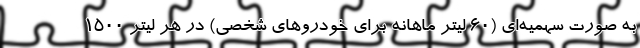
به صورت سهمیه‌ای (۶۰ لیتر ماهانه برای خودرو‌های شخصی) در هر لیتر ۱۵۰۰